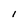
Character: 1